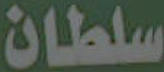
سلطان